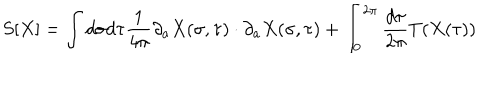
S [ X ] = \int d \sigma d \tau \frac { 1 } { 4 \pi } \partial _ { a } X ( \sigma , \tau ) \cdot \partial _ { a } X ( \sigma , \tau ) + \int _ { 0 } ^ { 2 \pi } \frac { d \tau } { 2 \pi } T ( X ( \tau ) )